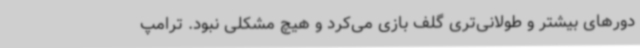
دورهای بیشتر و طولانی‌تری گلف بازی می‌کرد و هیچ مشکلی نبود. ترامپ